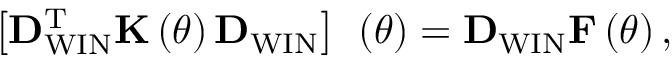
\left[ { \bf D } _ { \mathrm { W I N } } ^ { \mathrm { T } } { \bf K } \left( \theta \right) { \bf D } _ { \mathrm { W I N } } \right] { \bf \Lambda } \left( \theta \right) = { \bf D } _ { \mathrm { W I N } } { \bf F } \left( \theta \right) ,